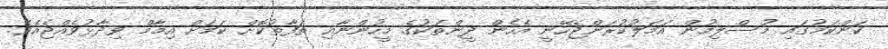
ކަންކަމުގައި މުސްލިމުން އަމަލުކުރަންޖެހޭނީ އެހެން ދީންތަކުގެ މީހުންނާއި ތަފާތުކޮށް ކަމަށް އިމާމް ވިދާޅުވެއްޖެއެވެ.